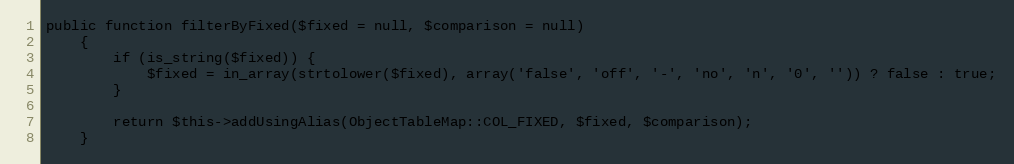
Language: PHP
public function filterByFixed($fixed = null, $comparison = null)
    {
        if (is_string($fixed)) {
            $fixed = in_array(strtolower($fixed), array('false', 'off', '-', 'no', 'n', '0', '')) ? false : true;
        }

        return $this->addUsingAlias(ObjectTableMap::COL_FIXED, $fixed, $comparison);
    }